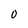
Character: 0